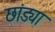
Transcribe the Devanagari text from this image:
छांड्या